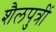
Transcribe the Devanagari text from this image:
शैलपुत्रीं